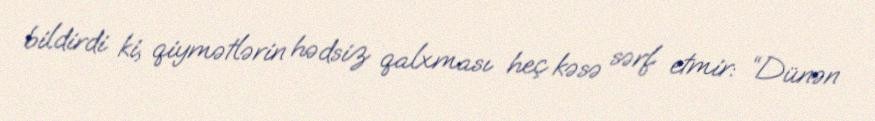
bildirdi ki, qiymətlərin hədsiz qalxması heç kəsə sərf etmir: “Dünən